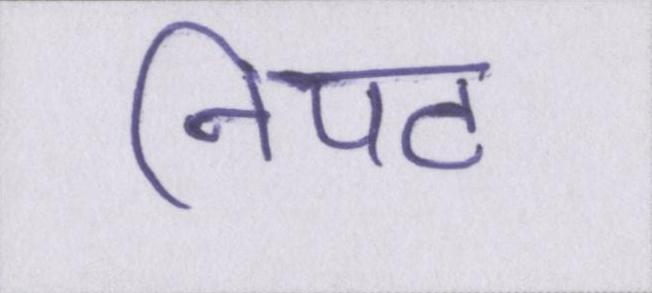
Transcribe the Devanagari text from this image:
निपट